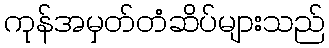
ကုန်အမှတ်တံဆိပ်များသည်